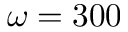
\omega = 3 0 0